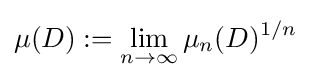
\mu (D):=\lim _{n\to \infty }\mu _{n}(D)^{1/n}